King Institute of Preventive Medicine Micro-Biological Section reports 1909-11
Year: 1909
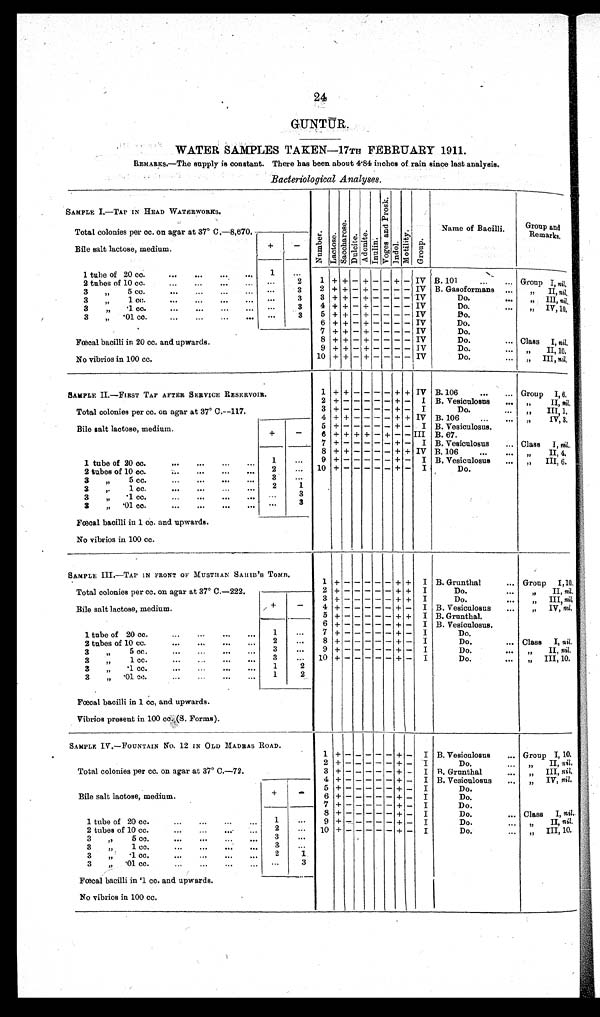
24
GUNTUR.
WATER SAMPLES TAKEN—17TH FEBRUARY 1911.
REMARKS.—The supply is constant. There has been about 4.84 inches of rain since last analysis.
Bacteriological Analyses.
SAMPLE I. —TAP IN HEAD WATERWORKS.
N u m b e r . L a c t o s e . S a c c h a r o s e . D u l c i t e . Adoni t e . I n u l i n .
V o g e s a n d P r o s k . I n d o l .
M o t i l i t y . G r o u p .
Name of Bacilli.
Group and
Remarks.
Total colonies per cc. on agar at 37° C.—8,670.
Bile salt lactose, medium.
+
-
1 tube of 20 cc.
...
...
...
. . .
1
. . .
1 + + - + - - + - IV B. 101
... Group I, ni l .
2 tubes of 10 cc.
...
...
. . . ...
2
3 „ 5 cc.
...
...
. . .
.
. . .
3
2 + + - + - - - - IV B. Gasoformans ...
„ II, ni l .
3 ,, 1 cc.
...
...
...
. . .
. . .
3
3 + + - + - - - - IV
Do.
...
„ III , n i l
.
3 „ .1 cc.
...
...
...
...
. . .
3
4 + + - + - - - - IV
Do.
„ I V , 1 0 .
3 „ .01 cc.
...
...
. . .
. . .
. . .
3
5 + + - + - - - - IV
Do.
6
+ + - + - - - - IV
Do.
7
+ + - + - - -
-
IV
Do.
Fœcal bacilli in 20 cc. and upwards.
8 + + - + - - - - IV
Do.
... Class I, ni l .
9
+ + - + - - - - IV
Do.
„ I I , 1 0 .
No vibrios in 100 cc.
10 + + - + - -
- - IV
Do.
...
„ III, n i l .
SAMPLE II.—FIRST TAP AFTER SERVICE RESERVOIR.
1 + + - - - - + + IV B. 106
Group I ,6.
2
+ -
- - - - + - I B. Vesiculosus
„ I I ,
n i l
.
Total colonies per cc. on agar at 37° C.—117.
3 + - - - - - + - I
Do.
.. „ III 1 .
4 + + - - - - + + IV B. 106
„ IV, 3.
Bile salt lactose, medium.
+
-
5 + - - - - - + - I B. Vesiculosus.
6 + + + + - + - - III B.67.
7 + -
- - - - + - I B. Vesiculosus
... Class I, nil.
1 tube of 20 cc.
1
...
8
+ + - - - - + + IV B.106
...
...
„ I I , 4 .
9
+ -
- - - - + - I B. Vesiculosus
...
„
III, 6.
2 tubes of 10 cc.
...
2
. . . .
10 + -
- - - - + - I
Do.
3 „
5 cc.
...
...
...
...
3
. . .
3 „ 1
cc.
. . .
2
1
3 „ .1 cc.
...
...
...
. . .
. . .
3
3 „ .01 cc.
...
...
...
. . .
. . .
3
Fœcal bacilli in 1 cc. and upwards.
No vibrios in 100 cc.
SAMPLE III.—TAP IN FRONT OF MUSTHAN SAHIB 'S TOMB.
1
+ -
- - - -
+ + I B. Grunthal
... Group I,10.
Total colonies per cc. on agar at 37° C.—222.
2 + -
- - - - + + I
Do.
. . .
,, II, nil.
Bile salt lactose, medium.
+
-
3 + -
- - - - + + I
Do.
„ I I I ,
n i l .
4 + -
- - - - + - I B. Vesiculosus
...
„ I V ,
n i l
.
5 + - - - - - + + I B. Grunthal.
1 tube of 20 cc.
.
...
. . .
1
. . .
6 + -
- - - - + - I B. Vesiculosus.
7 + -
- - - - + - I
Do.
2 tubes of 10 cc.
...
...
...
. . .
2
. . .
8 + -
- - - - + - I
Do.
... Class I, nil.
3 ,, 5 cc.
...
...
3
. . .
9 + - - - - - + - I
Do.
...
„ II, nil.
3 „ 1 cc.
...
. . . . 3
...
10 + -
- - - - + - I
Do.
...
„ III, 10.
3 „ .
1 cc.
...
...
...
. . . 1
2
3 „ .01
cc.
...
...
...
. . .
1
2
Fœcal bacilli in 1 cc, and upwards.
Vibrios present in 100 cc. (S. Forms).
SAMPLE IV.—FOUNTAIN No. 12 IN OLD MADRAS ROAD.
1 + - - - - - + - I B. Vesiculosus
... Group I, 10.
Total colonies per cc. on agar at 37° C.—72.
2 + - - - - - + - I
Do.
„ I I ,
n i l .
3 + - - - - - + - I B. Grunthal...
„ I I I ,
n i l
.
Bile salt lactose, medium.
+
-
4 + - - - - - + - I B. Vesiculosus
... „ IV, nil.
5 + - - - - - + - I
Do.
6 + - - - - - + - I
Do.
7 + - - - - - + - I
Do.
1 tube of 20 cc.
...
...
...
1
...
8
+ - - - - - + - I
Do.
Class I, nil .
9 + - - - - - + - I
Do.
„ I I ,
n i l
.
2 tubes of 10 cc.
...
2
. . .
10 + - - - - - + - I
Do.
. . . „ III, 10.
3 „ 5 cc.
...
...
...
...
3
...
3 „ 1 cc.
...
...
...
...
3
. . .
3 „ .1 cc.
...
...
...
...
2
1
3 „ .01 cc.
...
...
...
. . .
3
Fœcal bacilli in .1 cc. and upwards.
No vibrios in 100 cc.